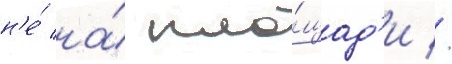
н'е́ на́ пло́щад'и //